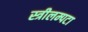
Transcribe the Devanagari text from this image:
स्त्रीलम्पटा